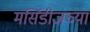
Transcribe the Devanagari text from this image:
मर्सिडीजच्या